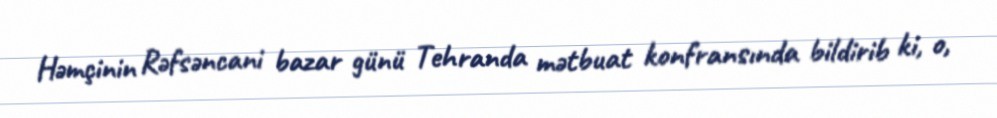
Həmçinin Rəfsəncani bazar günü Tehranda mətbuat konfransında bildirib ki, o,